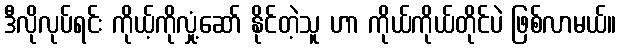
ဒီလိုလုပ်ရင်း ကိုယ့်ကိုလှုံ့ဆော် နိုင်တဲ့သူ ဟာ ကိုယ်ကိုယ်တိုင်ပဲ ဖြစ်လာမယ်။